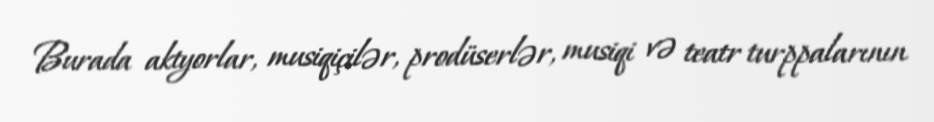
Burada aktyorlar, musiqiçilər, prodüserlər, musiqi və teatr turppalarının